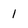
Character: 1